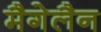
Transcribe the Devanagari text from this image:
मैगेलैन